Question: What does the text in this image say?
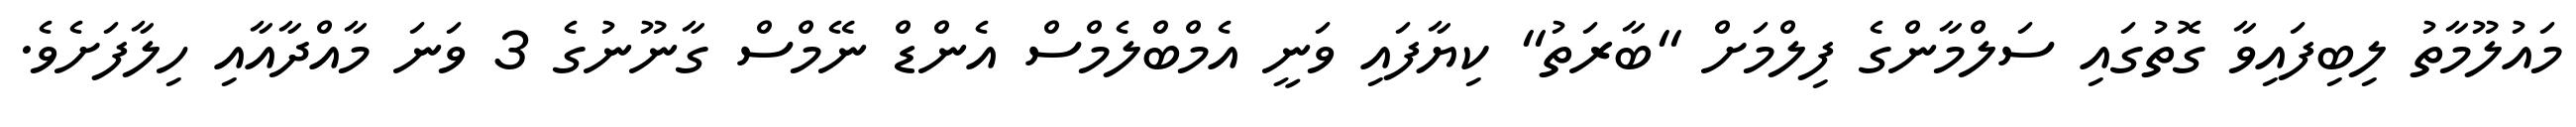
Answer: މައުލޫމާތު ލިބިފައިވާ ގޮތުގައި ސަލްމާންގެ ފިލްމަށް "ބާރަތު" ކިޔާފައި ވަނީ އެމްބްލެމްސް އެންޑް ނޭމްސް ގާނޫނުގެ 3 ވަނަ މާއްދާއާއި ހިލާފަށެވެ.